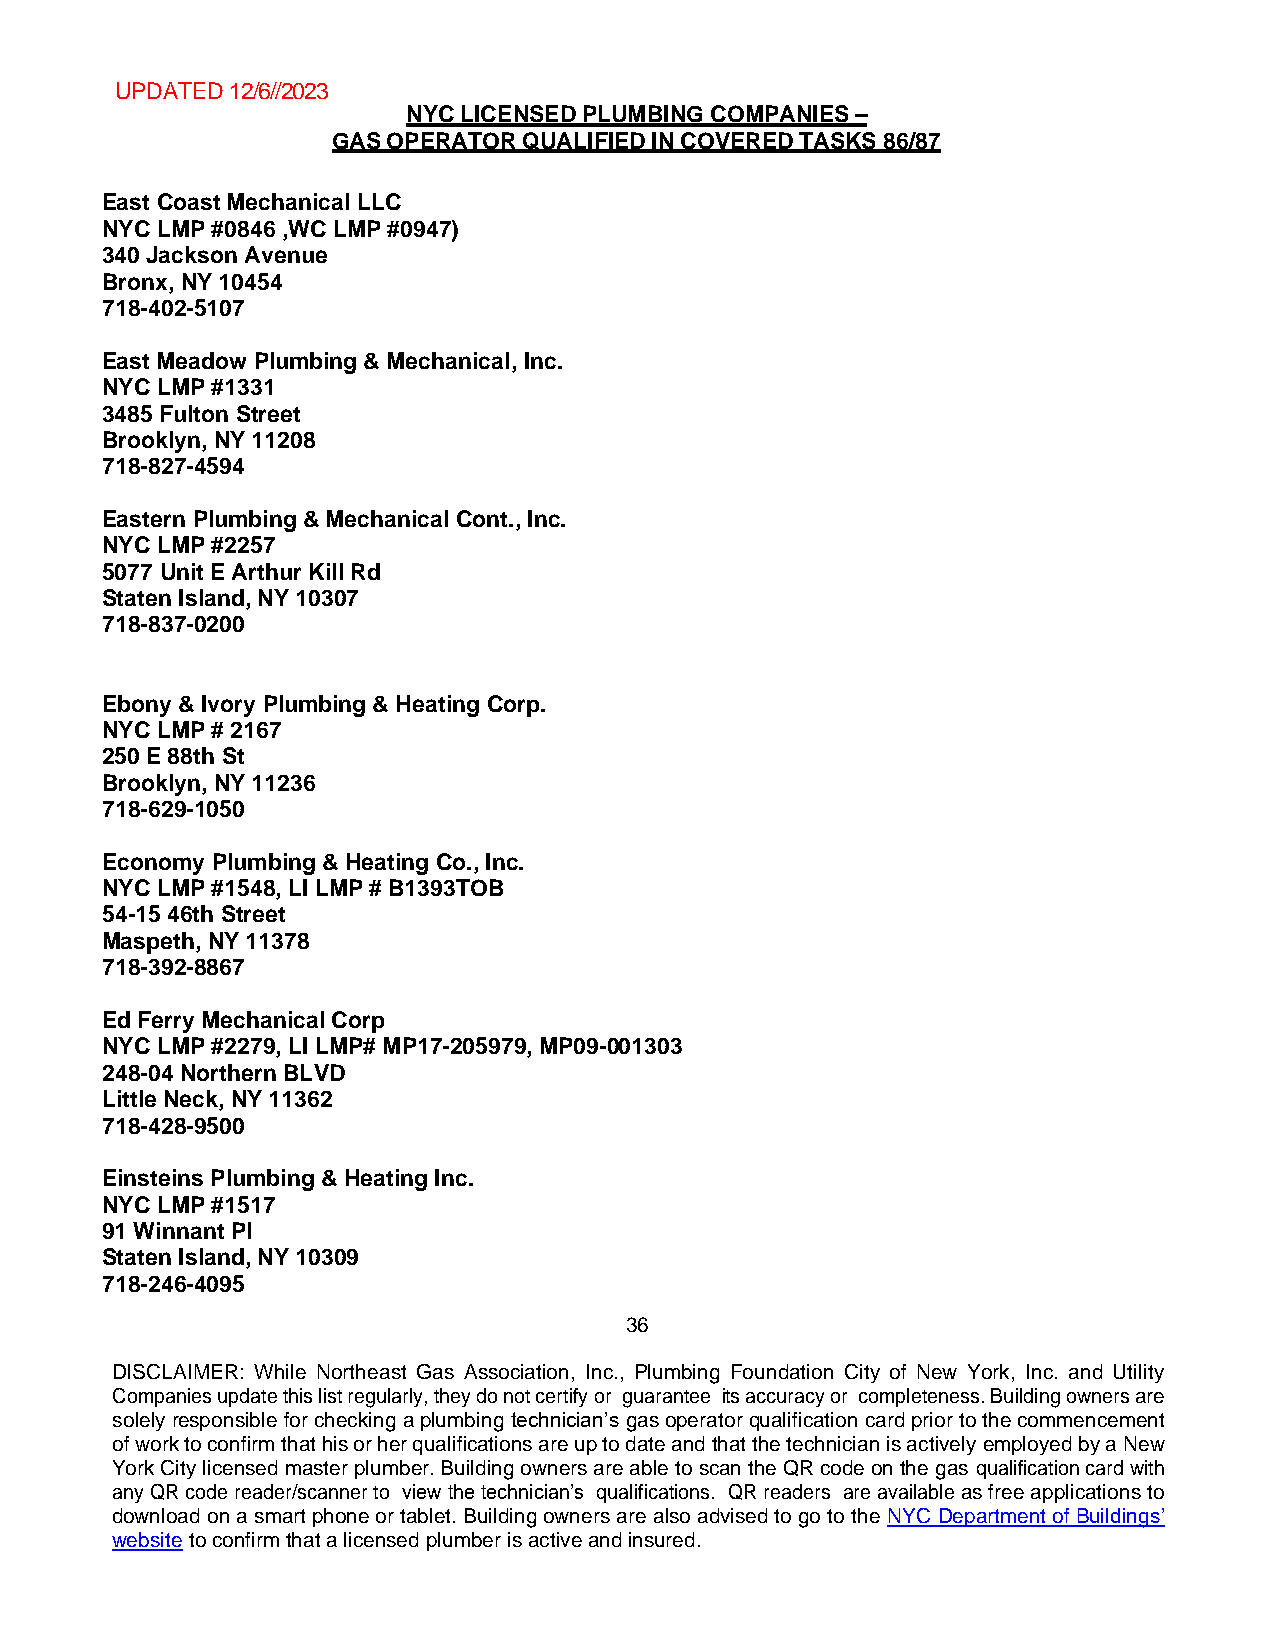
UPDATED 12/6//2023
 NYC LICENSED PLUMBING COMPANIES –
 GAS OPERATOR QUALIFIED IN COVERED TASKS 86/87
 East Coast Mechanical LLC
 NYC LMP #0846 ,WC LMP #0947)
 340 Jackson Avenue
 Bronx, NY 10454
 718-402-5107
 East Meadow Plumbing & Mechanical, Inc.
 NYC LMP #1331
 3485 Fulton Street
 Brooklyn, NY 11208
 718-827-4594
 Eastern Plumbing & Mechanical Cont., Inc.
 NYC LMP #2257
 5077 Unit E Arthur Kill Rd
 Staten Island, NY 10307
 718-837-0200
 Ebony & Ivory Plumbing & Heating Corp.
 NYC LMP # 2167
 250 E 88th St
 Brooklyn, NY 11236
 718-629-1050
 Economy Plumbing & Heating Co., Inc.
 NYC LMP #1548, LI LMP # B1393TOB
 54-15 46th Street
 Maspeth, NY 11378
 718-392-8867
 Ed Ferry Mechanical Corp
 NYC LMP #2279, LI LMP# MP17-205979, MP09-001303
 248-04 Northern BLVD
 Little Neck, NY 11362
 718-428-9500
 Einsteins Plumbing & Heating Inc.
 NYC LMP #1517
 91 Winnant Pl
 Staten Island, NY 10309
 718-246-4095
 36
 DISCLAIMER: While Northeast Gas Association, Inc., Plumbing Foundation City of New York, Inc. and Utility
 Companies update this list regularly, they do not certify or guarantee its accuracy or completeness. Building owners are
 solely responsible for checking a plumbing technician’s gas operator qualification card prior to the commencement
 of work to confirm that his or her qualifications are up to date and that the technician is actively employed by a New
 York City licensed master plumber. Building owners are able to scan the QR code on the gas qualification card with
 any QR code reader/scanner to view the technician’s qualifications. QR readers are available as free applications to
 download on a smart phone or tablet. Building owners are also advised to go to the NYC Department of Buildings’
 website to confirm that a licensed plumber is active and insured.